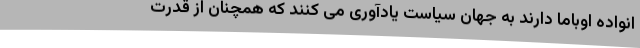
انواده اوباما دارند به جهان سیاست یادآوری می کنند که همچنان از قدرت